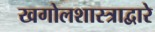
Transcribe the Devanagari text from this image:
खगोलशास्त्राद्वारे